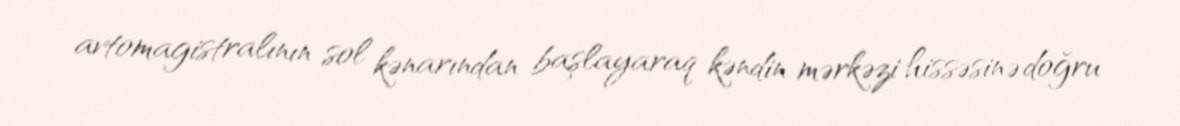
avtomagistralının sol kənarından başlayaraq kəndin mərkəzi hissəsinə doğru